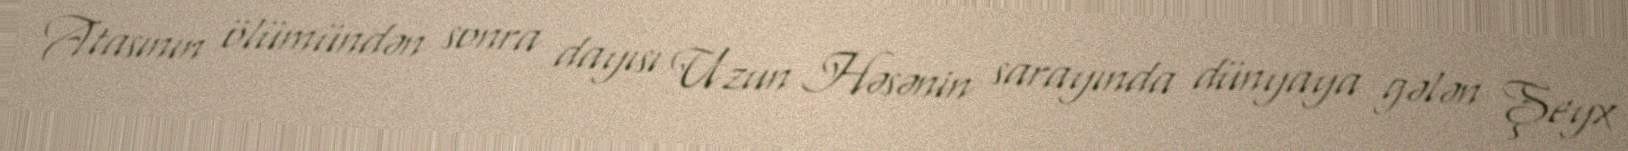
Atasının ölümündən sonra dayısı Uzun Həsənin sarayında dünyaya gələn Şeyx